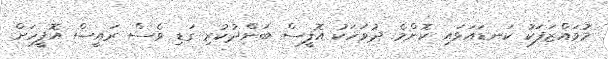
މުވައްޒަފަކު ކަނޑައަޅައި ކޮންމެ ދުވަހަކު އޮފީސް ބަންދުކުރި ގަޑި ވެސް ރައީސް އޮފީހަށް